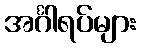
အင်္ဂါရပ်များ